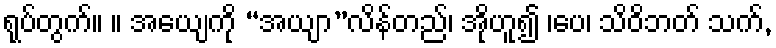
ရုပ်တွက်။ ။ အယျေကို “အယျာ”လိန်တည်၊ အိုဟူ၍ ၊ပေ၊ သိဝိဘတ် သက်,